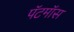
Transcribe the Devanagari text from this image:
पॅटमॉस